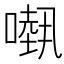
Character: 𠾁